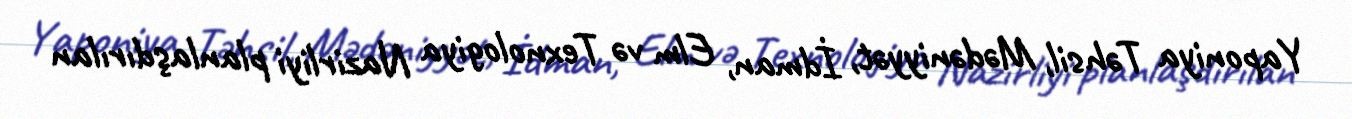
Yaponiya Təhsil, Mədəniyyət, İdman, Elm və Texnologiya Nazirliyi planlaşdırılan